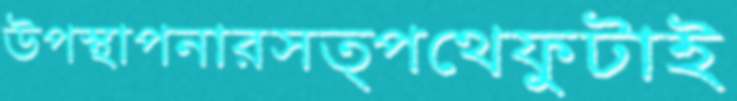
উপস্থাপনারসত্পথেফুটাই